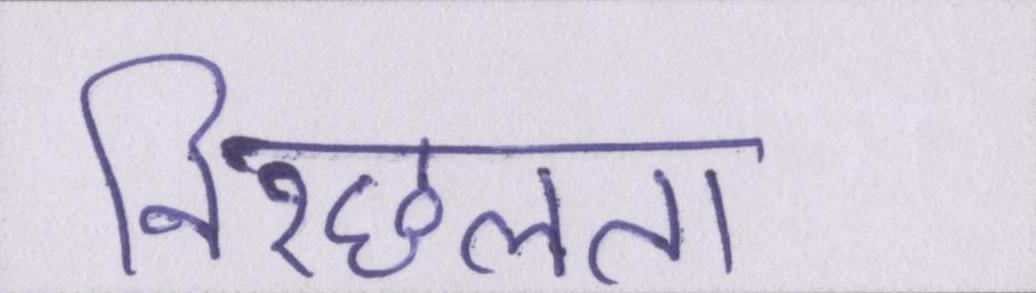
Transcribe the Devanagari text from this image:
निश्छलता